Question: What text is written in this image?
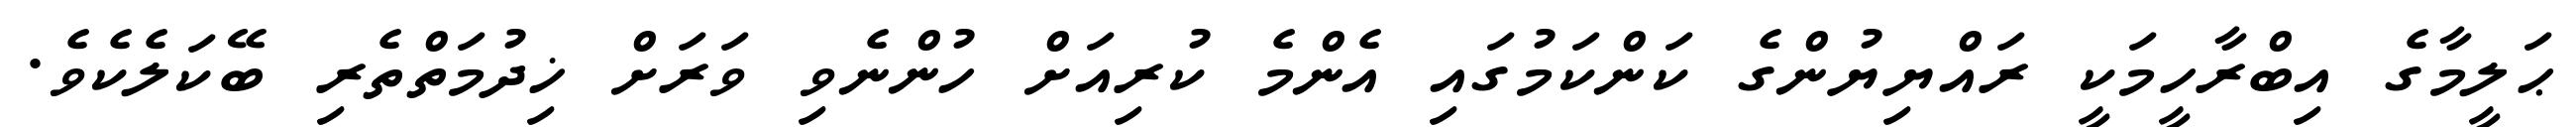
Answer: ޙަލީމާގެ އިބްރާހީމަކީ ރައްޔިޔުންގެ ކަންކަމުގައި އެންމެ ކުރިއަށް ހުންނެވި ވަރަށް ޚިދުމަތްތެރި ބޭކަލެކެވެ.